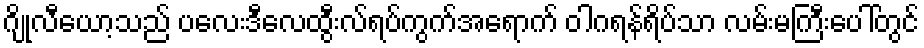
ဂျိုလီယော့သည် ပလေးဒီလေထွီးလ်ရပ်ကွက်အရောက် ဝါဂရန်ရိပ်သာ လမ်းမကြီးပေါ်တွင်